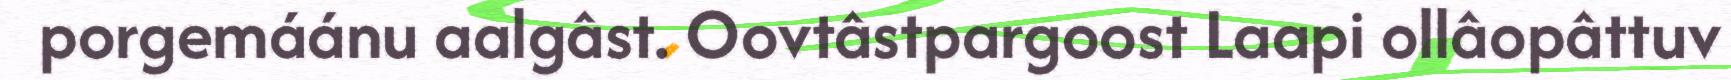
porgemáánu aalgâst. Oovtâstpargoost Laapi ollâopâttuv